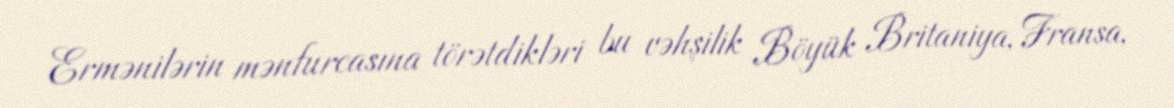
Ermənilərin mənfurcasına törətdikləri bu vəhşilik Böyük Britaniya, Fransa,